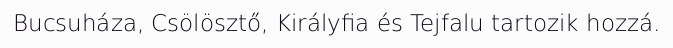
Bucsuháza, Csölösztő, Királyfia és Tejfalu tartozik hozzá.